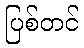
ပြစ်တင်